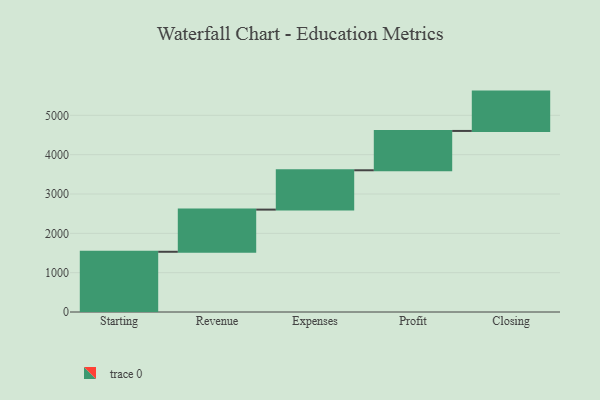
{"axis": {"x": "Step", "y": "Value"}, "legend": [""], "data": [{"x": "Starting", "y": 1531.0, "type": ""}, {"x": "Revenue", "y": 1072.0, "type": ""}, {"x": "Expenses", "y": 1000, "type": ""}, {"x": "Profit", "y": 1000, "type": ""}, {"x": "Closing", "y": 1000, "type": ""}]}